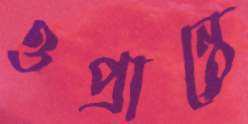
ওপ্রান্তে